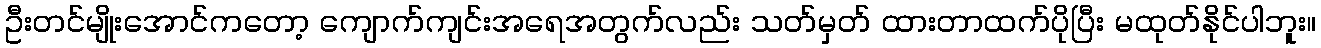
ဦးတင်မျိုးအောင်ကတော့ ကျောက်ကျင်းအရေအတွက်လည်း သတ်မှတ် ထားတာထက်ပိုပြီး မထုတ်နိုင်ပါဘူး။